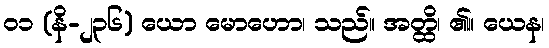
၀၁ (နိ-၂၃၆) ယော မောဟော၊ သည်။ အတ္ထိ၊ ၏။ ယေန၊